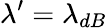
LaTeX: \lambda^{\prime}=\lambda_{dB}